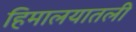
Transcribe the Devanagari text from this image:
हिमालयातली